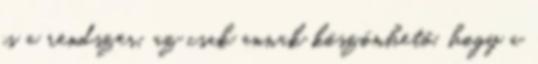
is a rendszer, az csak annak köszönhető, hogy a